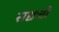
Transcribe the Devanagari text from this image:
सद्यःची